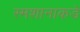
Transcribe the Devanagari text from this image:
स्मशानाकडे